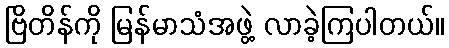
ဗြိတိန်ကို မြန်မာသံအဖွဲ့ လာခဲ့ကြပါတယ်။